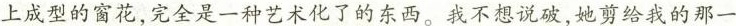
上成型的窗花，完全是一种艺术化了的东西。我不想说破，她剪给我的那一